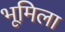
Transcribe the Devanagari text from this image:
भूमिला